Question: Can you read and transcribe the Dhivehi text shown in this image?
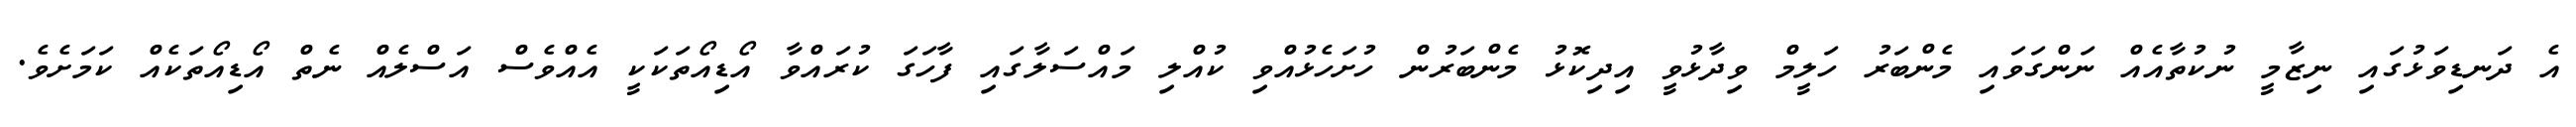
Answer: އެ ދަނޑިވަޅުގައި ނިޒާމީ ނުކުތާއެއް ނަންގަވައި މެންބަރު ހަލީމް ވިދާޅުވީ އިދިކޮޅު މެންބަރުން ހުށަހެޅުއްވި ކުއްލި މައްސަލާގައި ފާހަގަ ކުރައްވާ އޯޑިއޯތަކަކީ އެއްވެސް އަސްލެއް ނެތް އޯޑިއޯތަކެއް ކަމަށެވެ.